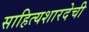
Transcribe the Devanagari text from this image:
साहित्यशारदेची